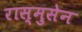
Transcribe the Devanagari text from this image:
रास्मुसेन